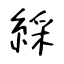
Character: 綵